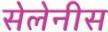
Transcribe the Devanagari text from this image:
सेलेनीस